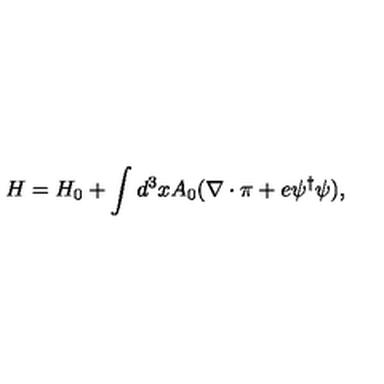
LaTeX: H = H _ { 0 } + \int d ^ { 3 } x A _ { 0 } ( \nabla \cdot \mathrm { \boldmath \pi } + e \psi ^ { \dagger } \psi ) ,